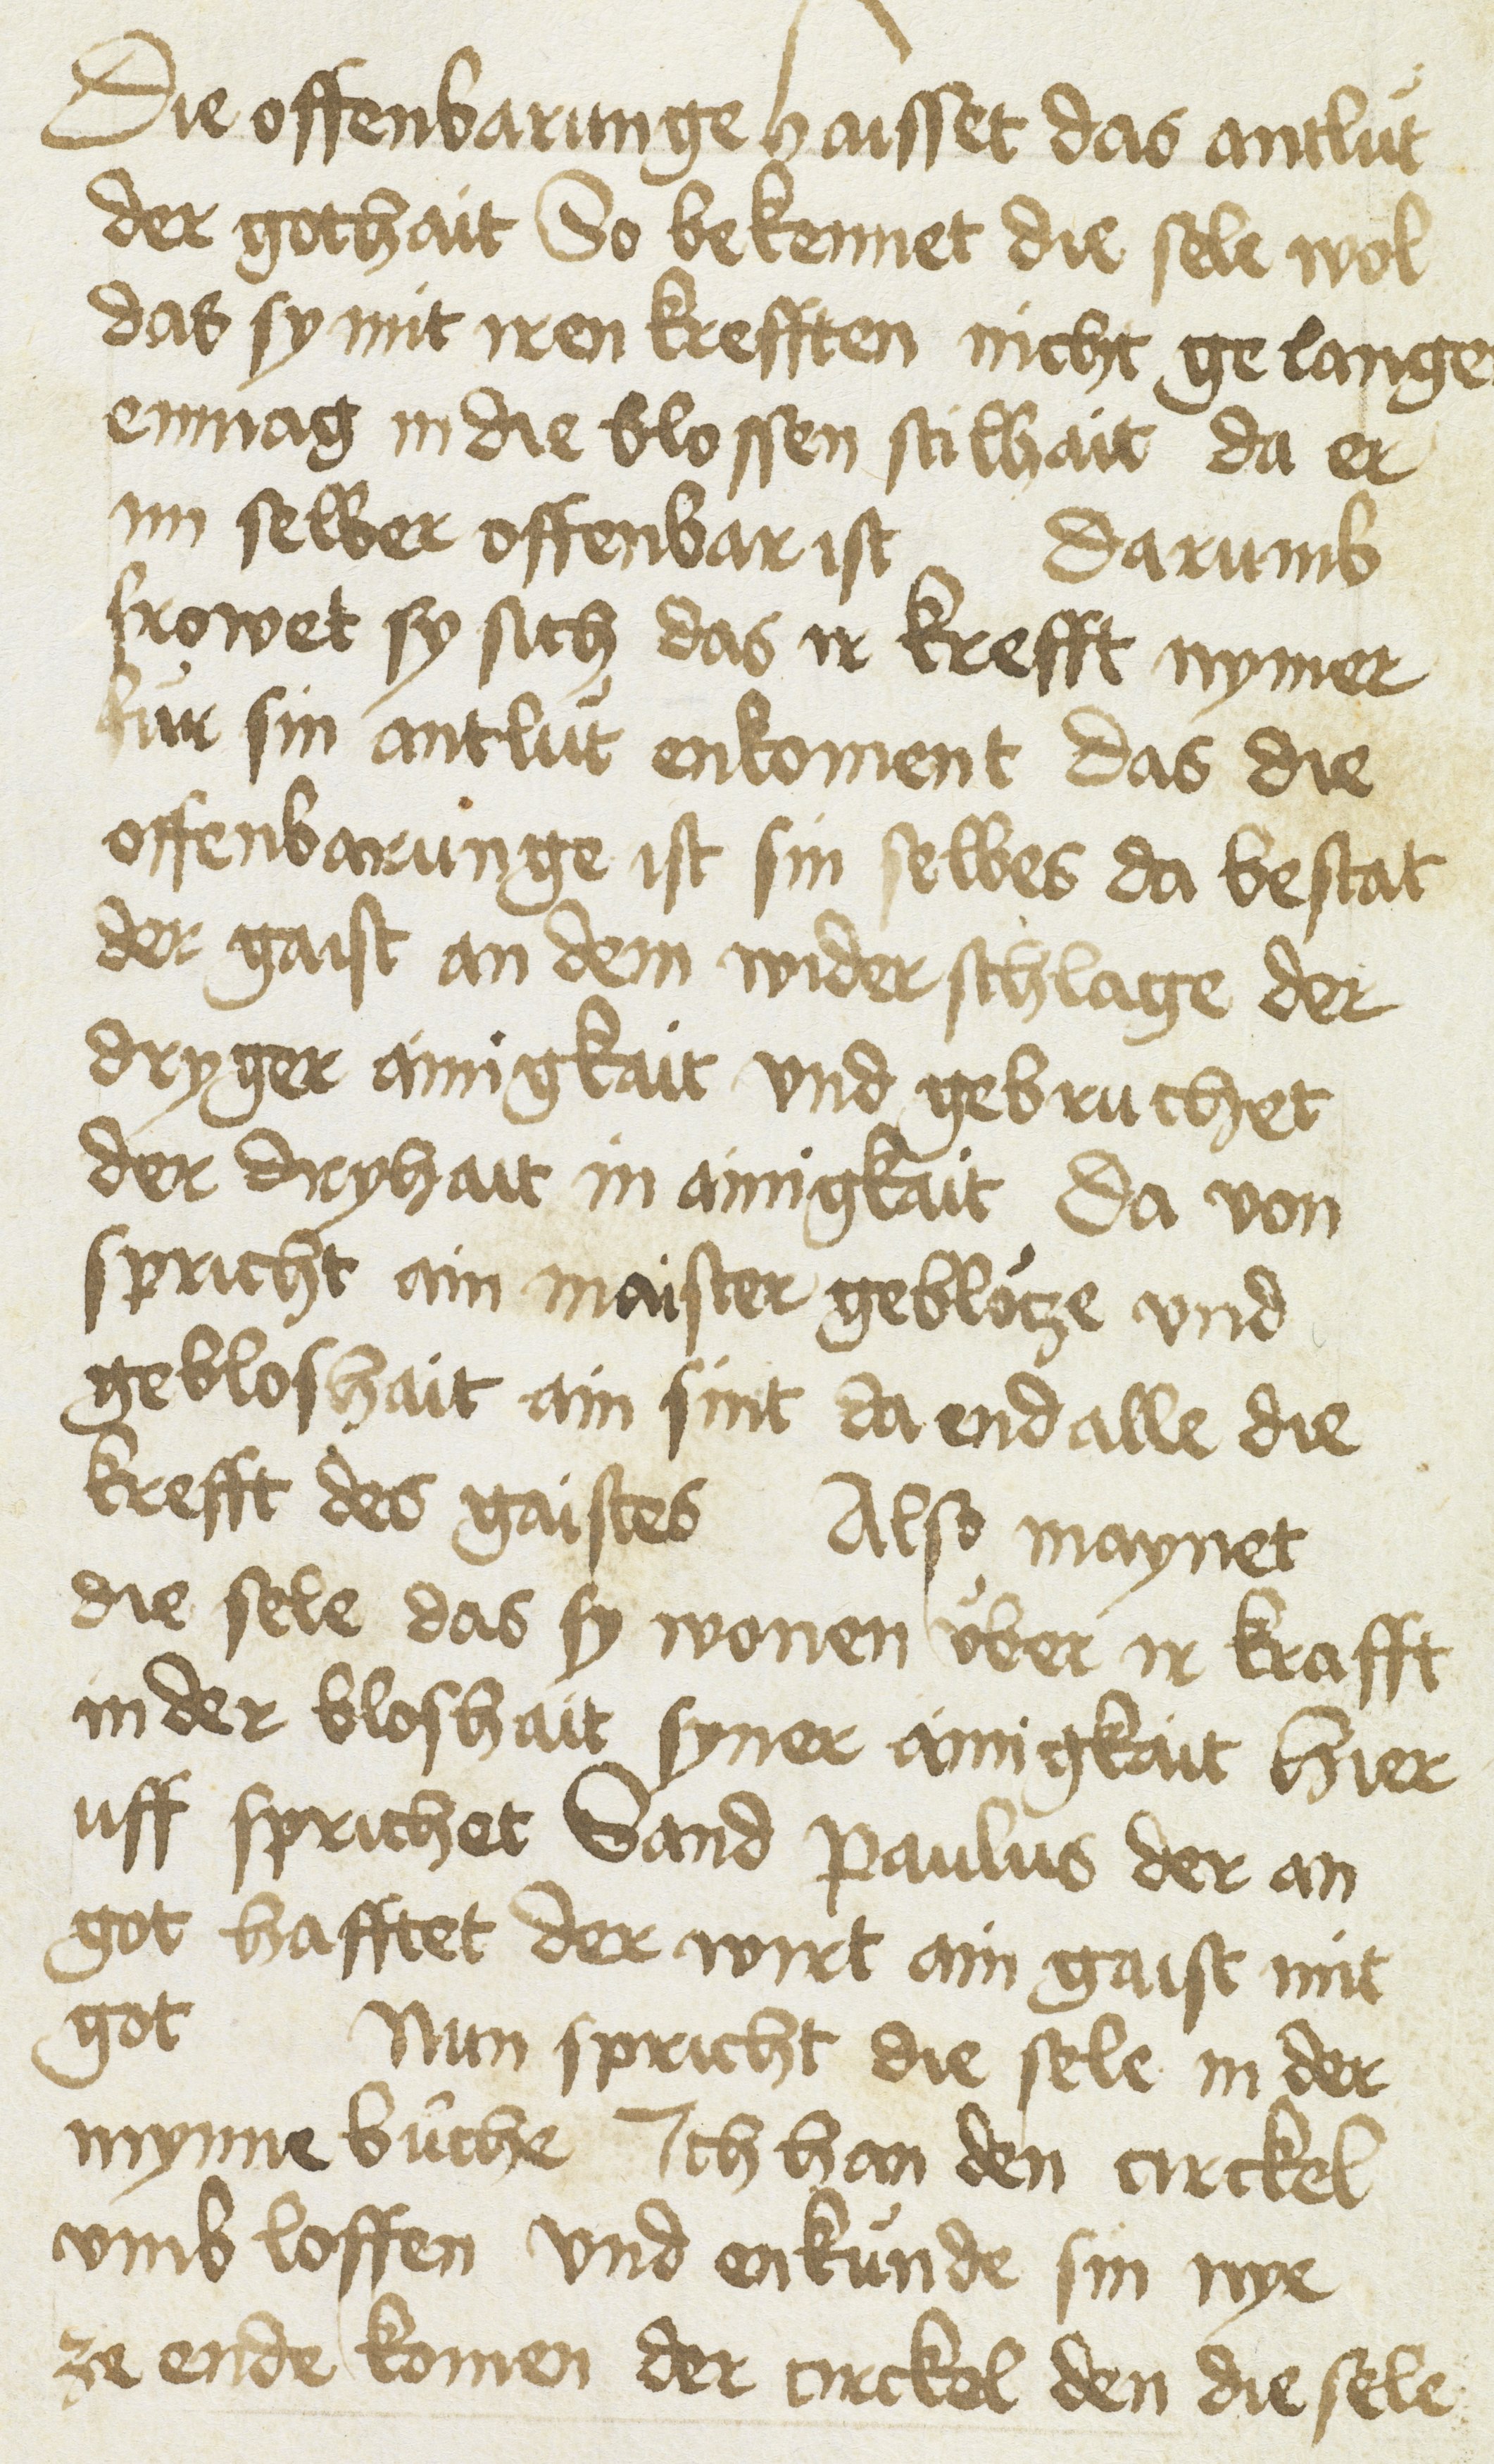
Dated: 1400–1499